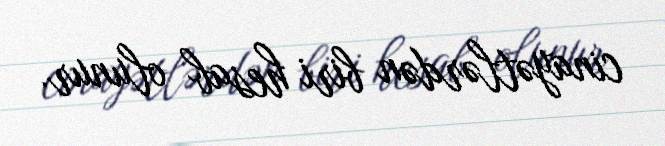
cinayətlərdən biri hesab olunur.